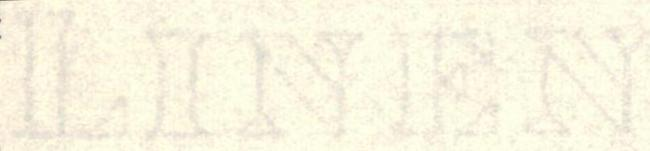
LINNEN